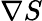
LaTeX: \nabla S